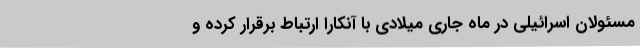
مسئولان اسرائیلی در ماه جاری میلادی با آنکارا ارتباط برقرار کرده و